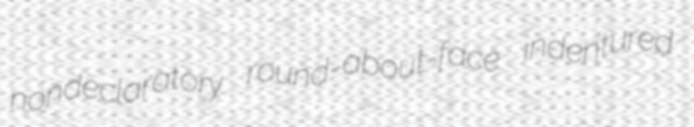
nondeclaratory round-about-face indentured